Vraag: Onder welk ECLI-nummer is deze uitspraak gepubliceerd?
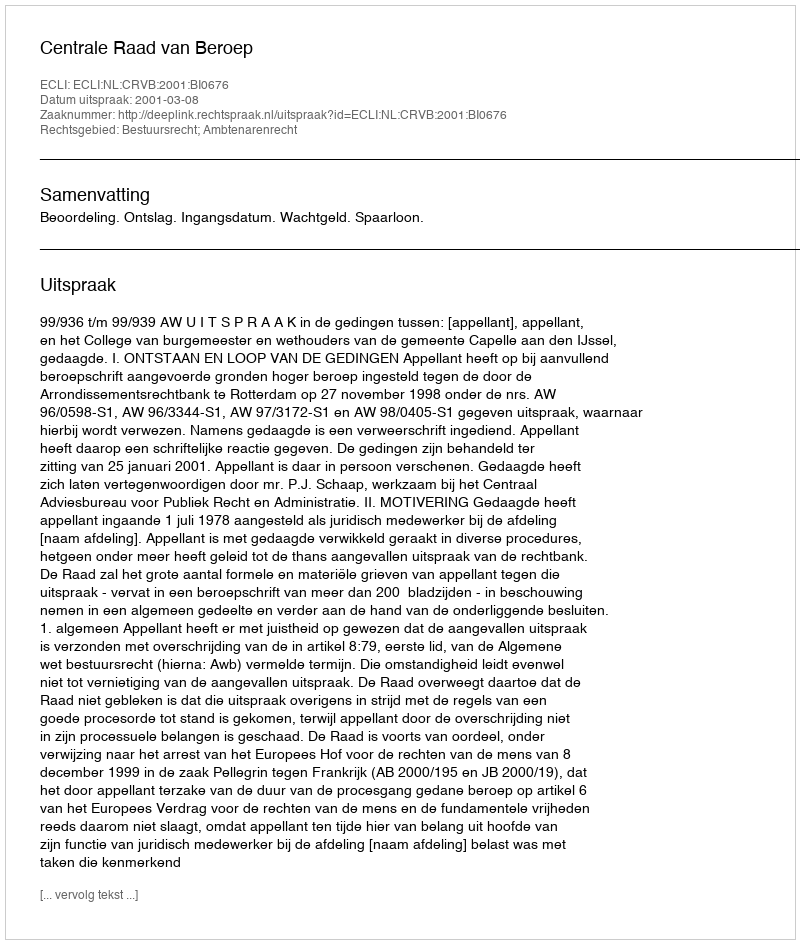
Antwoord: ECLI:NL:CRVB:2001:BI0676